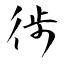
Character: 徏